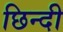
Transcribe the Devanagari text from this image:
छिन्दी